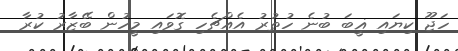
ހަޖޫ ކިޔައި ޣީބަ ބުނެ ހުތުރު އެއްޗެހި ގޮވައި މީހުން ބޭޒާރު ކުރާ